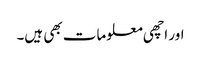
اور اچھی معلومات بھی ہیں۔